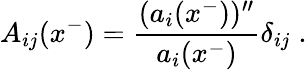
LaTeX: A_{ij}(x^{-})=\frac{(a_{i}(x^{-}))^{\prime\prime}}{a_{i}(x^{-})}\delta_{ij}\; .